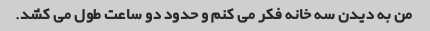
من به دیدن سه خانه فکر می کنم و حدود دو ساعت طول می کشد.